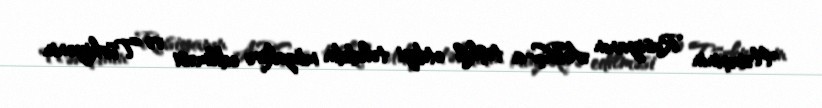
Həmçinin Rusiyanın ABŞ-a təşkil etdiyi təhdidin müzakirə edilməsi və Türkiyənin